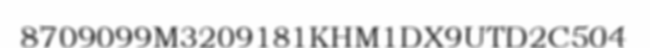
8709099M3209181KHM1DX9UTD2C504